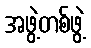
အဖွဲ့တစ်ဖွဲ့